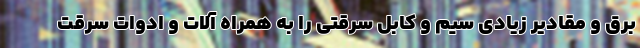
برق و مقادیر زیادی سیم و کابل سرقتی را به همراه آلات و ادوات سرقت